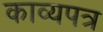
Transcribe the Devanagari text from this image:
काव्यपत्र